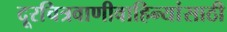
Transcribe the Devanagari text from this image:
दूरचित्रवाणीवाहिन्यांसाठी